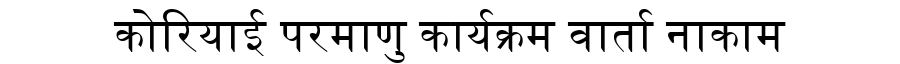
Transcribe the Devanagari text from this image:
कोरियाई परमाणु कार्यक्रम वार्ता नाकाम